Mental hospitals Bombay report 1929-33 - 1929-1933
Year: 1929
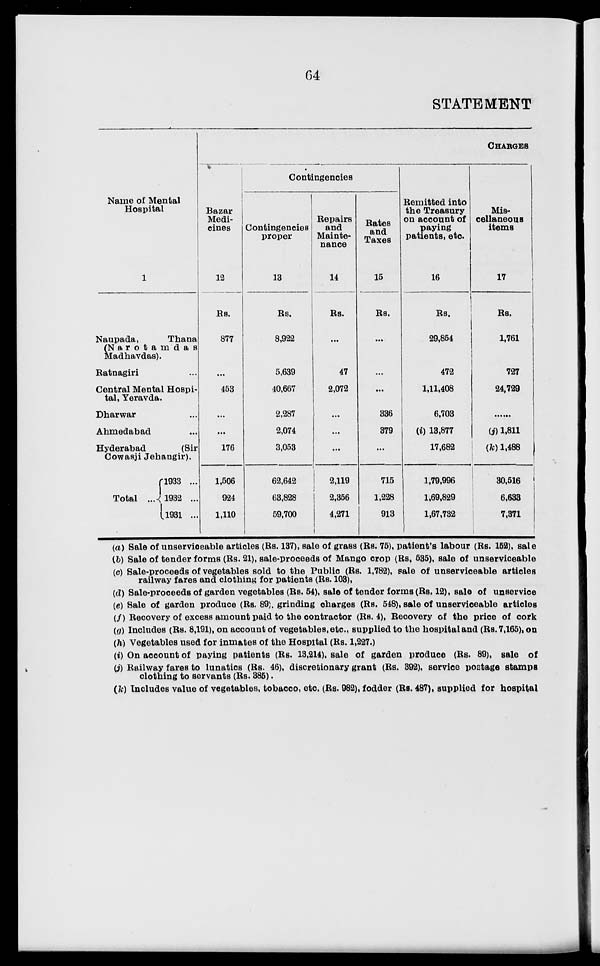
64
STATEMENT
Name of Mental
Hospital
1
Naupada,
Thana
(Narotamdas
Madhavdas).
Ratnagiri ...
Central Mental Hospi-
tal, Yeravda.
Dharwar ...
Ahmedabad ...
Hyderabad
(Sir
Cowasji Jehangir).
Total ...
1933 ...
1932 ...
1931 ...
CHARGES
Bazar
Medi-
cines
12
Rs.
877
...
453
...
...
176
1,506
924
1,110
Contingencies
Contingencies
proper
13
Rs.
8,922
5,639
40,667
2,287
2,074
3,053
62,642
63,828
59,700
Repairs
and
Mainte-
nance
14
Rs.
...
47
2,072
...
...
...
2,119
2,356
4,271
Rates
and
Taxes
15
Rs.
...
...
...
336
379
...
715
1,228
913
Remitted into
the Treasury
on account of
paying
patients, etc.
16
Rs.
29,854
472
1,11,408
6,703
(i) 13,877
17,682
1,79,996
1,69,829
1,67,732
Mis-
cellaneous
items
17
Rs.
1,761
727
24,729
......
(j) 1,811
(k) 1,488
30,516
6,633
7,371
(a) Sale of unserviceable articles (Rs. 137), sale of grass (Rs. 75), patient's labour (Rs. 152), sale
(b) Sale of tender forms (Rs. 21), sale-proceeds of Mango crop (Rs, 535), sale of unserviceable
(c) Sale-proceeds of vegetables sold to the Public (Rs. 1,782), sale of unserviceable articles
railway fares and clothing for patients (Rs. 103),
(d) Sale-proceeds of garden vegetables (Rs. 54), sale of tender forms (Rs. 12), sale of unservice
(e) Sale of garden produce (Rs. 89), grinding charges (Rs. 548), sale of unserviceable articles
(f) Recovery of excess amount paid to the contractor (Rs. 4), Recovery of the price of cork
(g) Includes (Rs. 8,191), on account of vegetables, etc., supplied to the hospital and (Rs. 7,165), on
(h) Vegetables used for inmates of the Hospital (Rs. 1,227.)
(i) On account of paying patients (Rs. 13,214), sale of garden produce (Rs. 89), sale of
(j) Railway fares to lunatics (Rs. 46), discretionary grant (Rs. 392), service postage stamps
clothing to servants (Rs. 385).
(k) Includes value of vegetables, tobacco, etc. (Rs. 982), fodder (Rs. 487), supplied for hospital